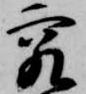
究